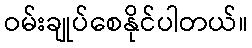
ဝမ်းချုပ်စေနိုင်ပါတယ်။